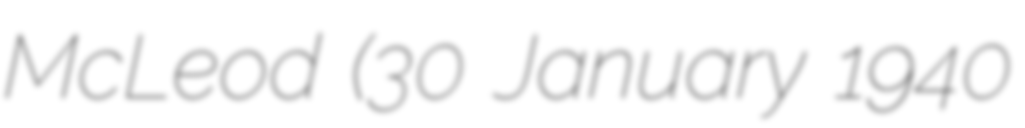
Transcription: McLeod (30 January 1940